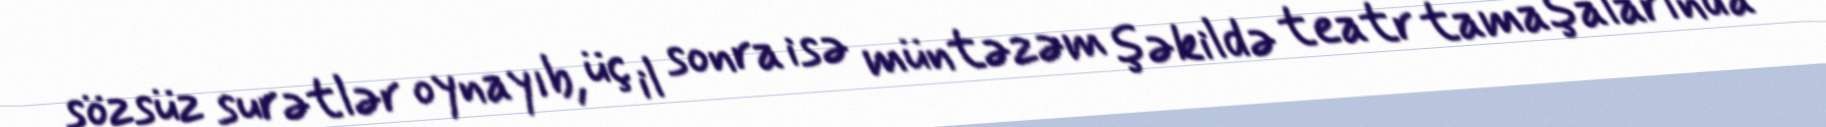
sözsüz surətlər oynayıb, üç il sonra isə müntəzəm şəkildə teatr tamaşalarında